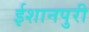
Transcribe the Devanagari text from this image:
ईशानपुरी